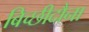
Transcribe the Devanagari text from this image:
बिच्छीदौना